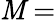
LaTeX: \mathit{M}=